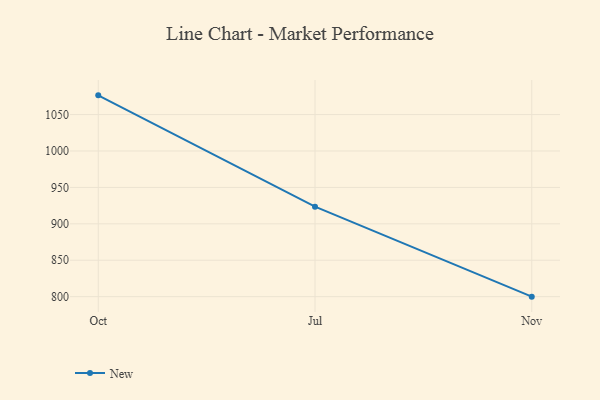
{"axis": {"x": "Month", "y": "Customer Acquisition Cost (USD)"}, "legend": ["New"], "data": [{"x": "Oct", "y": 1076.4, "type": "New"}, {"x": "Jul", "y": 923.5, "type": "New"}, {"x": "Nov", "y": 800, "type": "New"}]}